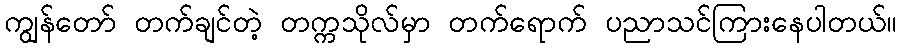
ကျွန်တော် တက်ချင်တဲ့ တက္ကသိုလ်မှာ တက်ရောက် ပညာသင်ကြားနေပါတယ်။